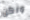
ولكن